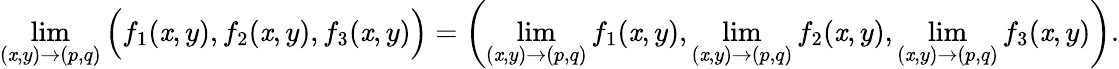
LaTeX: \operatorname*{lim}_{(\mathit{x},y)\to(p,q)}{\Bigl(}f_{1}(\mathit{x},y),f_{2}(\mathit{x},y),f_{3}(\mathit{x},y){\Bigr)}=\left(\operatorname*{lim}_{(\mathit{x},y)\to(p,q)}f_{1}(\mathit{x},y),\operatorname*{lim}_{(\mathit{x},y)\to(p,q)}f_{2}(\mathit{x},y),\operatorname*{lim}_{(\mathit{x},y)\to(p,q)}f_{3}(\mathit{x},y)\right).